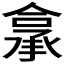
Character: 𮰂